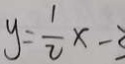
y = \frac { 1 } { 2 } x - 3